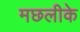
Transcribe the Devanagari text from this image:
मछलीके